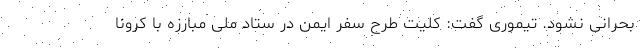
بحرانی نشود. تیموری گفت: کلیت طرح سفر ایمن در ستاد ملی مبارزه با کرونا